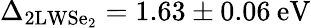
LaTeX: \Delta_{\mathrm{2LWSe_{2}}}=1.63\pm 0.06\: \mathrm{eV}